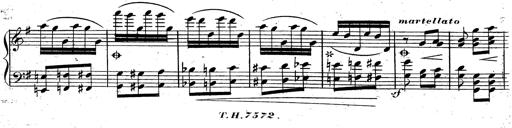
Title: Rondeau fantastique sur un thÃ¨me espagnol
Composer: Franz Liszt